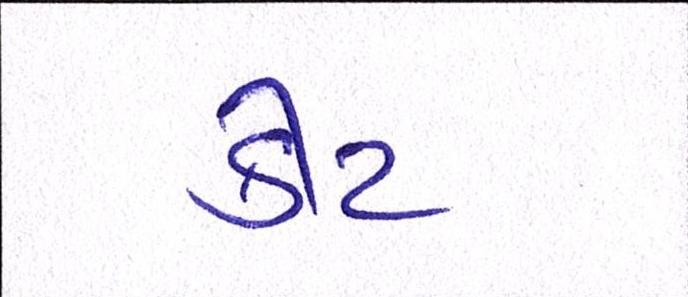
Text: કીટ